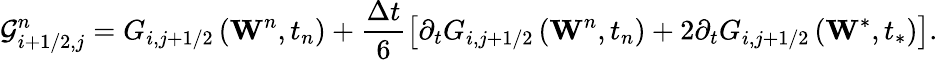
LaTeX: \mathcal{G}_{i+1/2,j}^{n}={{G}_{i,j+1/2}}\left({{\mathbf{W}}^{n}},{{t}_{n}}\right)+\frac{\Delta t}{6}\left[{{\partial}_{t}}{{G}_{i,j+1/2}}\left({{\mathbf{W}}^{n}},{{t}_{n}}\right)+2{{\partial}_{t}}{{G}_{i,j+1/2}}\left({{\mathbf{W}}^{*}},{{t}_{*}}\right)\right].